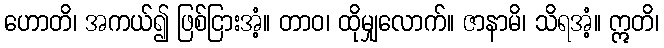
ဟောတိ၊ အကယ်၍ ဖြစ်ငြားအံ့။ တာဝ၊ ထိုမျှလောက်။ ဇာနာမိ၊ သိရအံ့။ ဣတိ၊